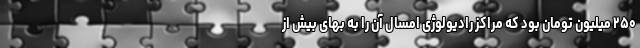
۲۵۰ میلیون تومان بود که مراکز رادیولوژی امسال آن را به بهای بیش از